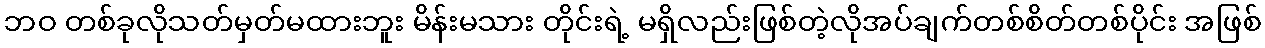
ဘဝ တစ်ခုလိုသတ်မှတ်မထားဘူး မိန်းမသား တိုင်းရဲ့ မရှိလည်းဖြစ်တဲ့လိုအပ်ချက်တစ်စိတ်တစ်ပိုင်း အဖြစ်